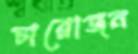
চারোজন